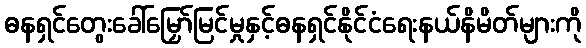
ဓနရှင်တွေးခေါ်မြှော်မြင်မှုနှင့်ဓနရှင်နိုင်ငံရေးနယ်နိမိတ်များကို